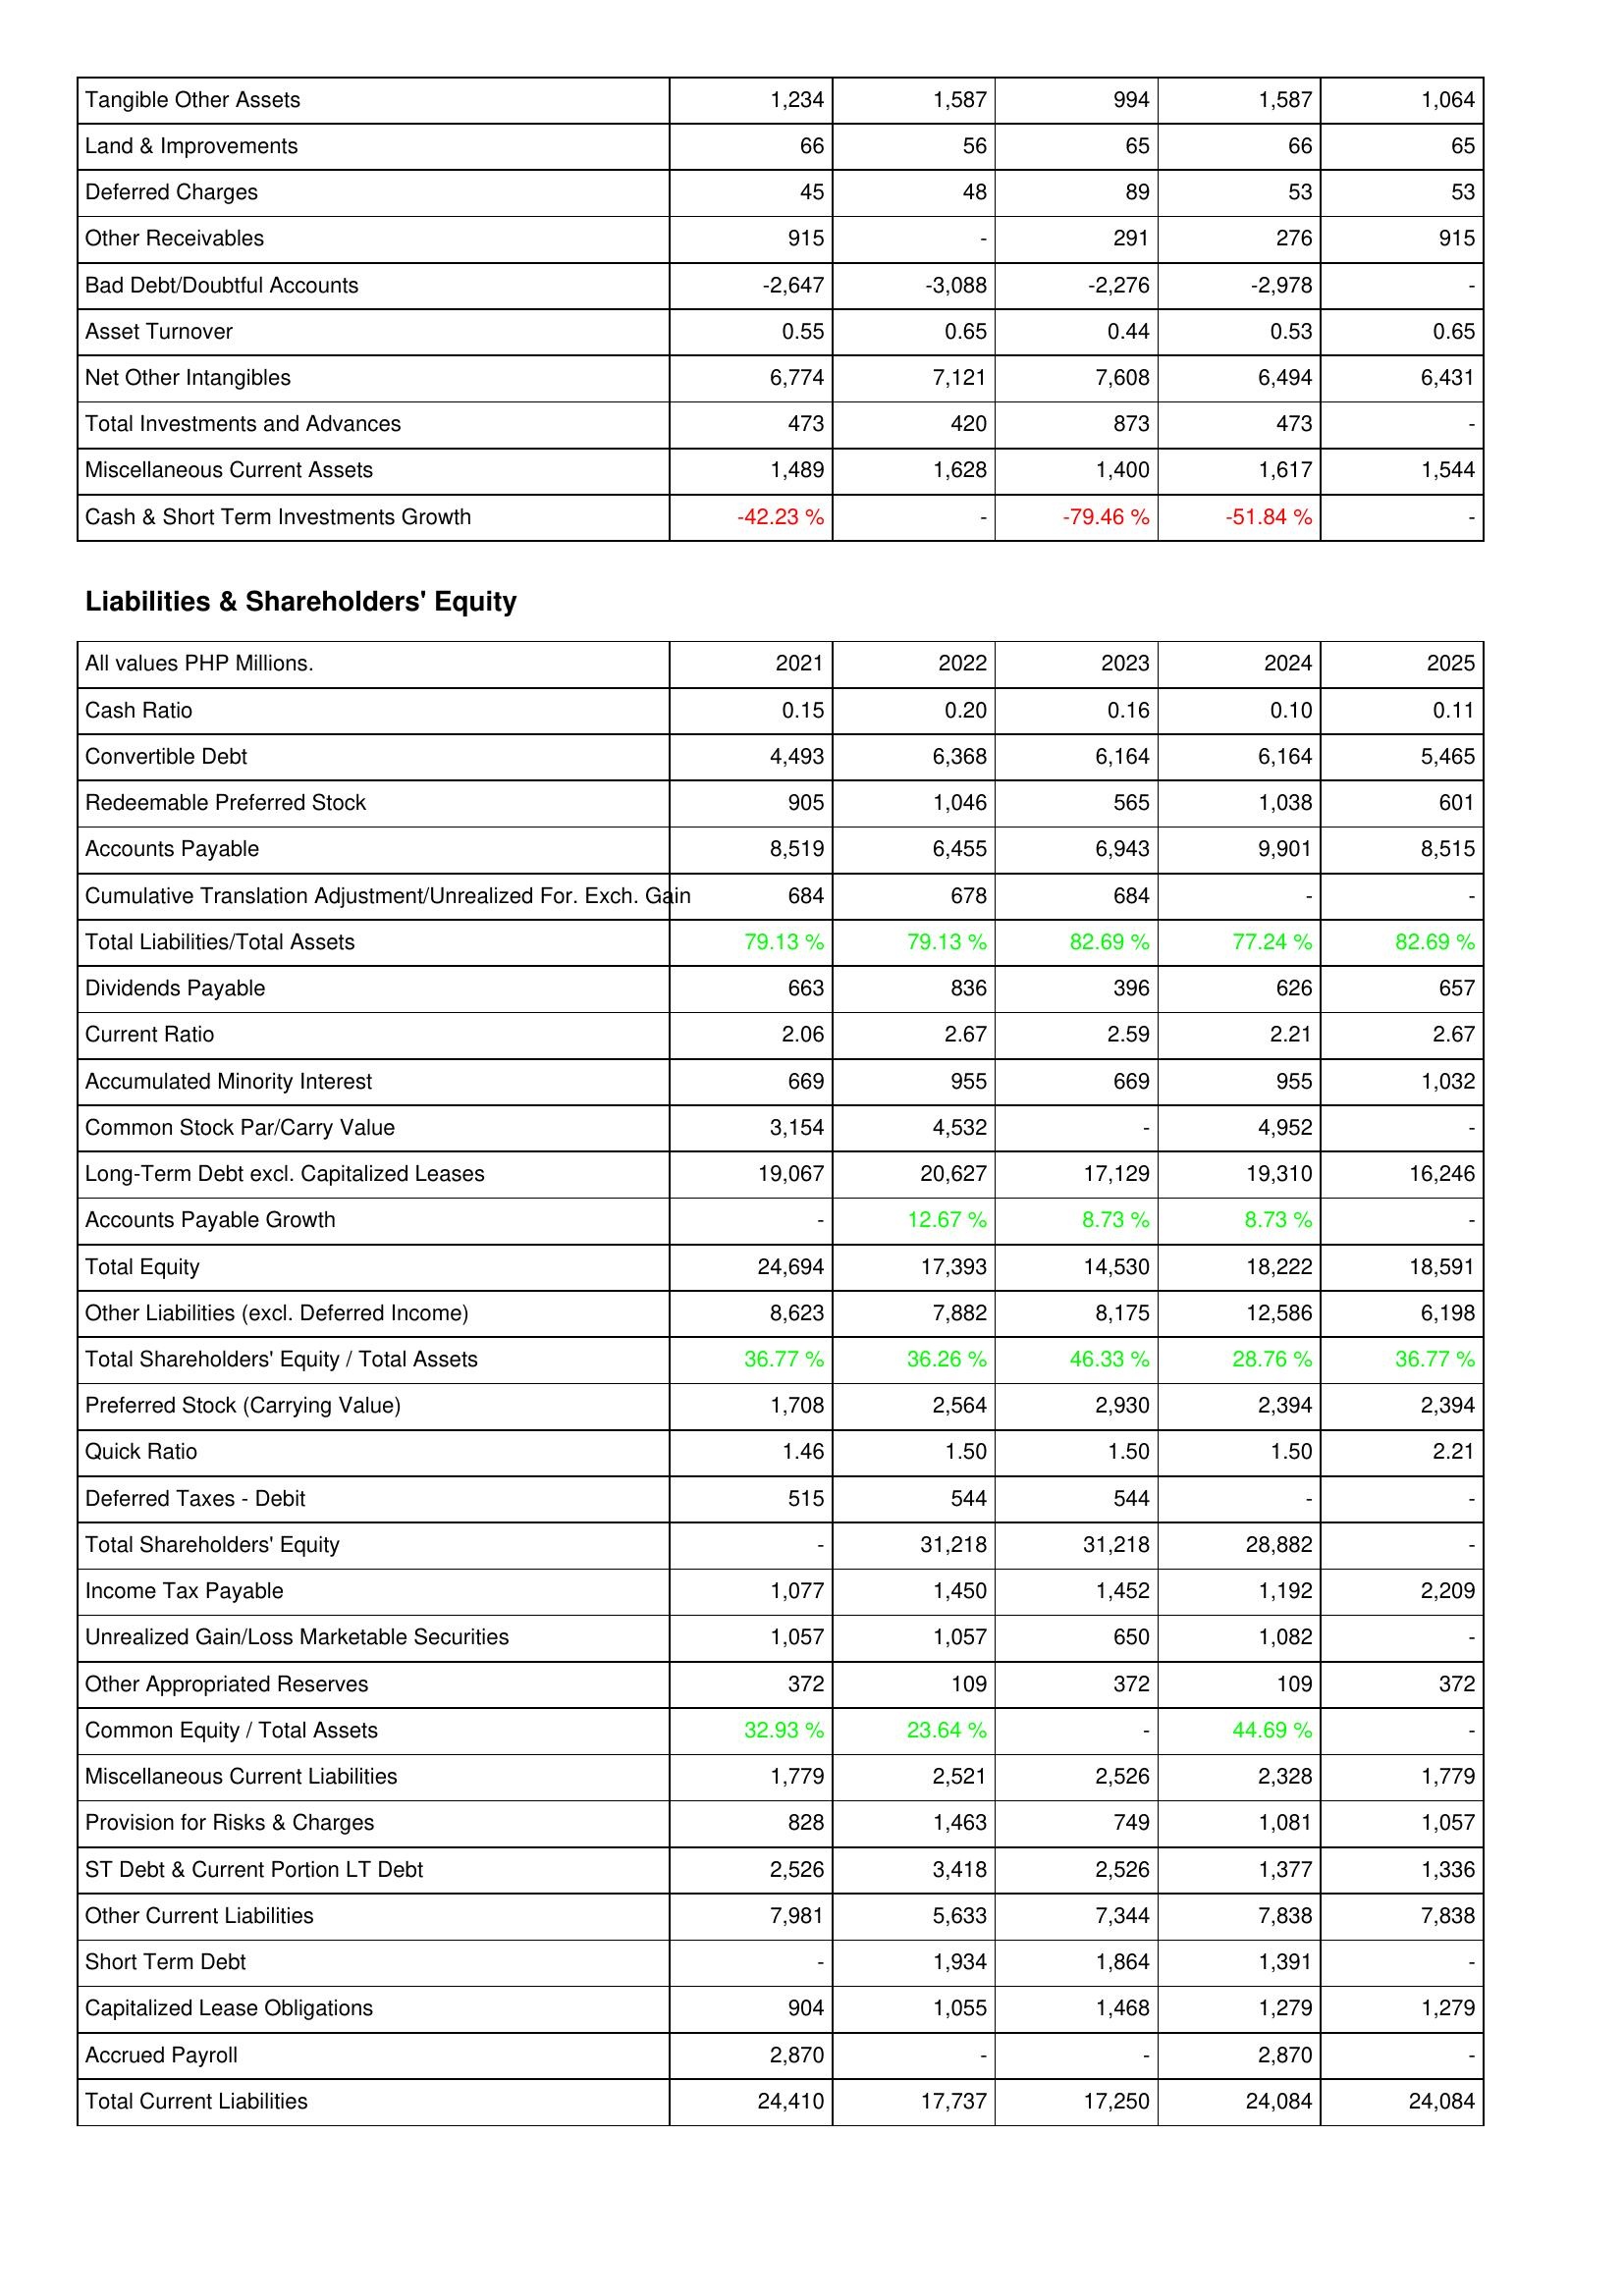
2021: Assets: Tangible Other Assets: 1,234
Land & Improvements: 66
Deferred Charges: 45
Other Receivables: 915
Bad Debt/Doubtful Accounts: -2,647
Asset Turnover: 0.55
Net Other Intangibles: 6,774
Total Investments and Advances: 473
Miscellaneous Current Assets: 1,489
Cash & Short Term Investments Growth: -42.23 %
Liabilities & Shareholders' Equity: Cash Ratio: 0.15
Convertible Debt: 4,493
Redeemable Preferred Stock: 905
Accounts Payable: 8,519
Cumulative Translation Adjustment/Unrealized For. Exch. Gain: 684
Total Liabilities/Total Assets: 79.13 %
Dividends Payable: 663
Current Ratio: 2.06
Accumulated Minority Interest: 669
Common Stock Par/Carry Value: 3,154
Long-Term Debt excl. Capitalized Leases: 19,067
Accounts Payable Growth: -
Total Equity: 24,694
Other Liabilities (excl. Deferred Income): 8,623
Total Shareholders' Equity / Total Assets: 36.77 %
Preferred Stock (Carrying Value): 1,708
Quick Ratio: 1.46
Deferred Taxes - Debit: 515
Total Shareholders' Equity: -
Income Tax Payable: 1,077
Unrealized Gain/Loss Marketable Securities: 1,057
Other Appropriated Reserves: 372
Common Equity / Total Assets: 32.93 %
Miscellaneous Current Liabilities: 1,779
Provision for Risks & Charges: 828
ST Debt & Current Portion LT Debt: 2,526
Other Current Liabilities: 7,981
Short Term Debt: -
Capitalized Lease Obligations: 904
Accrued Payroll: 2,870
Total Current Liabilities: 24,410
2022: Assets: Tangible Other Assets: 1,587
Land & Improvements: 56
Deferred Charges: 48
Other Receivables: -
Bad Debt/Doubtful Accounts: -3,088
Asset Turnover: 0.65
Net Other Intangibles: 7,121
Total Investments and Advances: 420
Miscellaneous Current Assets: 1,628
Cash & Short Term Investments Growth: -
Liabilities & Shareholders' Equity: Cash Ratio: 0.20
Convertible Debt: 6,368
Redeemable Preferred Stock: 1,046
Accounts Payable: 6,455
Cumulative Translation Adjustment/Unrealized For. Exch. Gain: 678
Total Liabilities/Total Assets: 79.13 %
Dividends Payable: 836
Current Ratio: 2.67
Accumulated Minority Interest: 955
Common Stock Par/Carry Value: 4,532
Long-Term Debt excl. Capitalized Leases: 20,627
Accounts Payable Growth: 12.67 %
Total Equity: 17,393
Other Liabilities (excl. Deferred Income): 7,882
Total Shareholders' Equity / Total Assets: 36.26 %
Preferred Stock (Carrying Value): 2,564
Quick Ratio: 1.50
Deferred Taxes - Debit: 544
Total Shareholders' Equity: 31,218
Income Tax Payable: 1,450
Unrealized Gain/Loss Marketable Securities: 1,057
Other Appropriated Reserves: 109
Common Equity / Total Assets: 23.64 %
Miscellaneous Current Liabilities: 2,521
Provision for Risks & Charges: 1,463
ST Debt & Current Portion LT Debt: 3,418
Other Current Liabilities: 5,633
Short Term Debt: 1,934
Capitalized Lease Obligations: 1,055
Accrued Payroll: -
Total Current Liabilities: 17,737
2023: Assets: Tangible Other Assets: 994
Land & Improvements: 65
Deferred Charges: 89
Other Receivables: 291
Bad Debt/Doubtful Accounts: -2,276
Asset Turnover: 0.44
Net Other Intangibles: 7,608
Total Investments and Advances: 873
Miscellaneous Current Assets: 1,400
Cash & Short Term Investments Growth: -79.46 %
Liabilities & Shareholders' Equity: Cash Ratio: 0.16
Convertible Debt: 6,164
Redeemable Preferred Stock: 565
Accounts Payable: 6,943
Cumulative Translation Adjustment/Unrealized For. Exch. Gain: 684
Total Liabilities/Total Assets: 82.69 %
Dividends Payable: 396
Current Ratio: 2.59
Accumulated Minority Interest: 669
Common Stock Par/Carry Value: -
Long-Term Debt excl. Capitalized Leases: 17,129
Accounts Payable Growth: 8.73 %
Total Equity: 14,530
Other Liabilities (excl. Deferred Income): 8,175
Total Shareholders' Equity / Total Assets: 46.33 %
Preferred Stock (Carrying Value): 2,930
Quick Ratio: 1.50
Deferred Taxes - Debit: 544
Total Shareholders' Equity: 31,218
Income Tax Payable: 1,452
Unrealized Gain/Loss Marketable Securities: 650
Other Appropriated Reserves: 372
Common Equity / Total Assets: -
Miscellaneous Current Liabilities: 2,526
Provision for Risks & Charges: 749
ST Debt & Current Portion LT Debt: 2,526
Other Current Liabilities: 7,344
Short Term Debt: 1,864
Capitalized Lease Obligations: 1,468
Accrued Payroll: -
Total Current Liabilities: 17,250
2024: Assets: Tangible Other Assets: 1,587
Land & Improvements: 66
Deferred Charges: 53
Other Receivables: 276
Bad Debt/Doubtful Accounts: -2,978
Asset Turnover: 0.53
Net Other Intangibles: 6,494
Total Investments and Advances: 473
Miscellaneous Current Assets: 1,617
Cash & Short Term Investments Growth: -51.84 %
Liabilities & Shareholders' Equity: Cash Ratio: 0.10
Convertible Debt: 6,164
Redeemable Preferred Stock: 1,038
Accounts Payable: 9,901
Cumulative Translation Adjustment/Unrealized For. Exch. Gain: -
Total Liabilities/Total Assets: 77.24 %
Dividends Payable: 626
Current Ratio: 2.21
Accumulated Minority Interest: 955
Common Stock Par/Carry Value: 4,952
Long-Term Debt excl. Capitalized Leases: 19,310
Accounts Payable Growth: 8.73 %
Total Equity: 18,222
Other Liabilities (excl. Deferred Income): 12,586
Total Shareholders' Equity / Total Assets: 28.76 %
Preferred Stock (Carrying Value): 2,394
Quick Ratio: 1.50
Deferred Taxes - Debit: -
Total Shareholders' Equity: 28,882
Income Tax Payable: 1,192
Unrealized Gain/Loss Marketable Securities: 1,082
Other Appropriated Reserves: 109
Common Equity / Total Assets: 44.69 %
Miscellaneous Current Liabilities: 2,328
Provision for Risks & Charges: 1,081
ST Debt & Current Portion LT Debt: 1,377
Other Current Liabilities: 7,838
Short Term Debt: 1,391
Capitalized Lease Obligations: 1,279
Accrued Payroll: 2,870
Total Current Liabilities: 24,084
2025: Assets: Tangible Other Assets: 1,064
Land & Improvements: 65
Deferred Charges: 53
Other Receivables: 915
Bad Debt/Doubtful Accounts: -
Asset Turnover: 0.65
Net Other Intangibles: 6,431
Total Investments and Advances: -
Miscellaneous Current Assets: 1,544
Cash & Short Term Investments Growth: -
Liabilities & Shareholders' Equity: Cash Ratio: 0.11
Convertible Debt: 5,465
Redeemable Preferred Stock: 601
Accounts Payable: 8,515
Cumulative Translation Adjustment/Unrealized For. Exch. Gain: -
Total Liabilities/Total Assets: 82.69 %
Dividends Payable: 657
Current Ratio: 2.67
Accumulated Minority Interest: 1,032
Common Stock Par/Carry Value: -
Long-Term Debt excl. Capitalized Leases: 16,246
Accounts Payable Growth: -
Total Equity: 18,591
Other Liabilities (excl. Deferred Income): 6,198
Total Shareholders' Equity / Total Assets: 36.77 %
Preferred Stock (Carrying Value): 2,394
Quick Ratio: 2.21
Deferred Taxes - Debit: -
Total Shareholders' Equity: -
Income Tax Payable: 2,209
Unrealized Gain/Loss Marketable Securities: -
Other Appropriated Reserves: 372
Common Equity / Total Assets: -
Miscellaneous Current Liabilities: 1,779
Provision for Risks & Charges: 1,057
ST Debt & Current Portion LT Debt: 1,336
Other Current Liabilities: 7,838
Short Term Debt: -
Capitalized Lease Obligations: 1,279
Accrued Payroll: -
Total Current Liabilities: 24,084